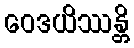
ဝေဒယိဿန္တိ